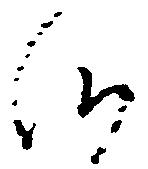
候